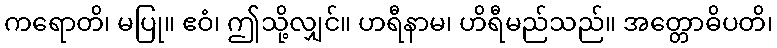
ကရောတိ၊ မပြု။ ဧဝံ၊ ဤသို့လျှင်။ ဟရီနာမ၊ ဟိရီမည်သည်။ အတ္တောဓိပတိ၊